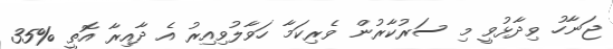
ޖަނާހު ވިދާޅުވީ މި ސަރުކާރުން ވެރިކަމާ ހަވާލުވިއިރު އެ ދާއިރާ އޮތީ %35